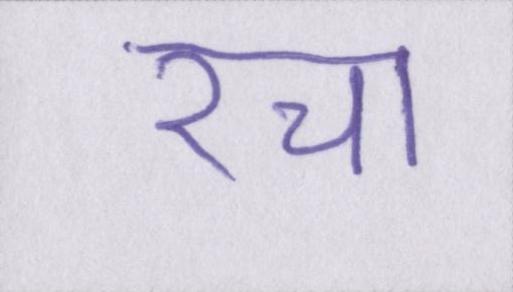
रचा